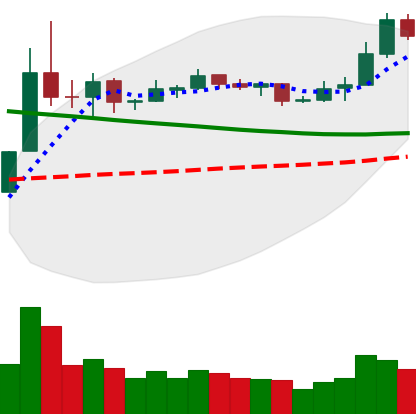
Ticker: NEO-USD
Chart end date: 2019-11-14
Forward return: -7.289%
Label: down_7plus